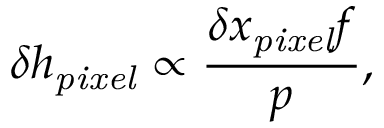
\delta h _ { \mathit { p i x e l } } \propto \frac { \delta x _ { \mathit { p i x e l } } f } { p } ,